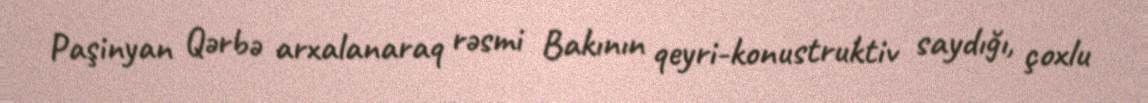
Paşinyan Qərbə arxalanaraq rəsmi Bakının qeyri-konustruktiv saydığı, çoxlu